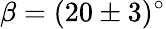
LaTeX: \beta=(20\pm 3)^{\circ}